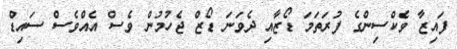
ފައިޒާ ވެކްސިންގެ ފުރަތަމަ ޑޯޒާއި ދެވަނަ ޑޯޒް ޖެހުމުން ވެސް އެއްވެސް ސައިޑް